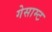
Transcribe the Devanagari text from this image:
गेसाम्ट